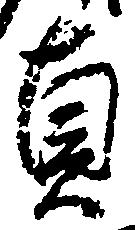
貞